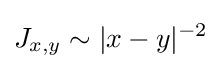
J_{x,y}\sim |x-y|^{-2}